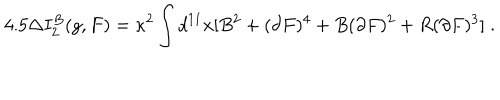
LaTeX: 4 . 5 \Delta I _ { 2 } ^ { B } ( g , F ) = \kappa ^ { 2 } \int d ^ { 1 1 } x [ B ^ { 2 } + ( \partial F ) ^ { 4 } + B ( \partial F ) ^ { 2 } + R ( \partial F ) ^ { 3 } ] \; .